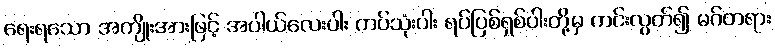
ရေးရသော အကျိုးအားဖြင့် အပါယ်လေးပါး ကပ်သုံးပါး ရပ်ပြစ်ရှစ်ပါးတို့မှ ကင်းလွတ်၍ မဂ်တရား